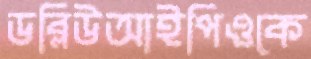
ডব্লিউআইপিওকে